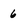
Character: 6